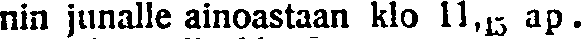
nin junalle ainoastaan Klo 11,15 ap.